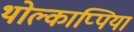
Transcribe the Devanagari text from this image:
थोल्काप्पिया